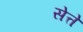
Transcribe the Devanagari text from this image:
सेत्ते